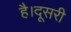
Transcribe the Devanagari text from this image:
है।दूसरी